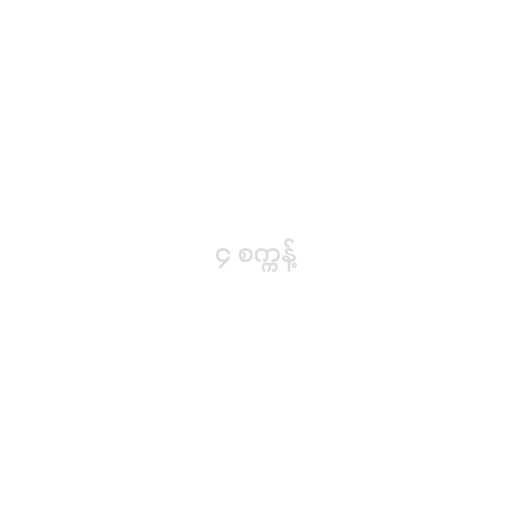
၄ စက္ကန့်